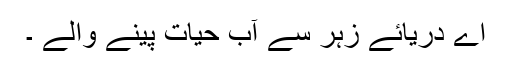
اے دریائے زہر سے آب حیات پینے والے ۔